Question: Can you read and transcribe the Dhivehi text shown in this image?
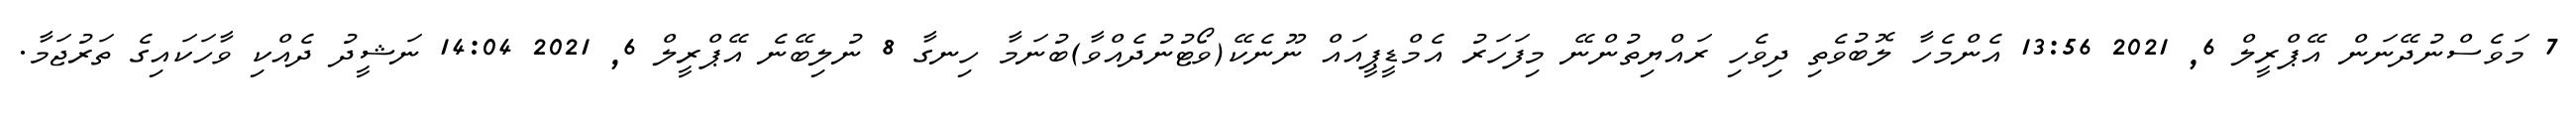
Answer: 7 މަވެސްނުދޭނަން އޭޕްރީލް 6, 2021 13:56 އެންމެހާ ލޮބުވެތި ދިވެހި ރައްޔިތުންނޭ މިފަހަރު އެމްޑީޕީއައް ނޫނެކޭ(ވޯޓުނުދެއްވާ)ބުނަމާ ހިނގާ 8 ނުލިބޭނެ އޭޕްރީލް 6, 2021 14:04 ނަޝީދު ދެއްކި ވާހަކައިގެ ތަރުޖަމާ.